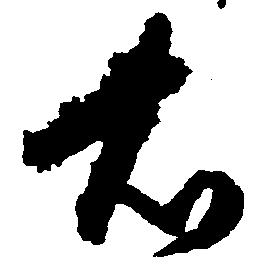
右